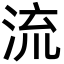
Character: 流